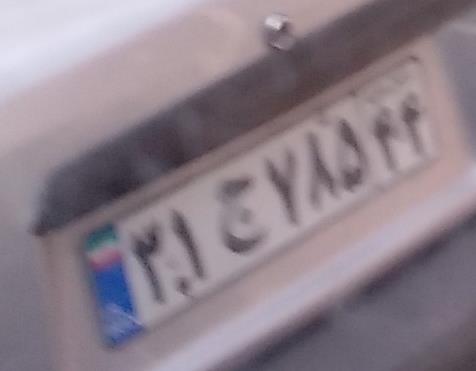
۳۱ج۷۸۵۴۴